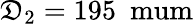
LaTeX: \mathfrak{D}_{2}=195~\mathrm{{\ mum}}